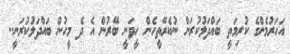
އަހަރުމެންގެ ކުރިމަތީ ބައްދަލުކުރަން ނުކެރޭތީހެން ހީވަނީ ބޭރުން އެ ދެ މީހުން ބައްދަލުކުރަނީ..